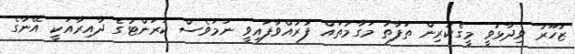
ޒުހޫރު ވިދާޅުވީ މީގެކުރިން ތަފާތު މަގާމުތައް ފުރުއްވާފައިވީ ނަމަވެސް ކަރަންޓުގެ ދާއިރާއަކީ އޭނާގެ